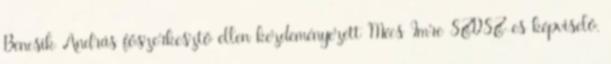
Bencsik András főszerkesztő ellen kezdeményezett Mécs Imre SZDSZ-es képviselő.